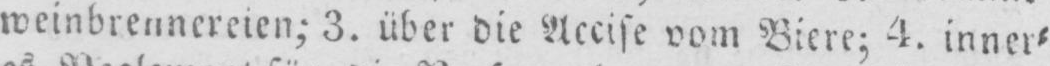
weinbrennereien; 3. über die Accise vom Biere; 4. inner⸗